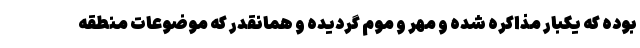
بوده که یکبار مذاکره شده و مهر و موم گردیده و همانقدر که موضوعات منطقه